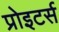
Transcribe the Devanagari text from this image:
प्रोइटर्स